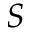
S